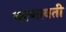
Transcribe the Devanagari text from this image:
बरणावती